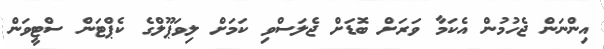
އިންނަން ޖެހުމުން އެކަމާ ވަރަށް ބޮޑަށް ޖެލަސްވި ކަމަށް ލިވަޕޫލްގެ ކެޕްޓަން ސްޓީވަން